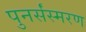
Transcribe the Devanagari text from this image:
पुनर्संस्मरण